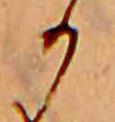
か